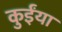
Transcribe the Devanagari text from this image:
कुईंया